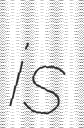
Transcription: is